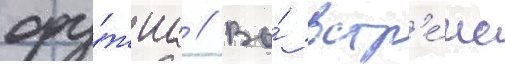
ору́жиа // Во́ встр'е́че